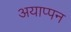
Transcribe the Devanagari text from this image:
अयाप्पन